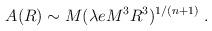
LaTeX: \begin{align*}A(R)\sim M (\lambda eM^3R^3)^{1/(n+1)}\;.\end{align*}